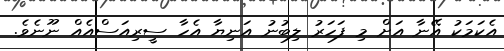
އެކަމަކު އޭނާ އަށް މި ފަހަރު ލިބުނު އަނިޔާ އެހާ ސީރިއަސްއެއް ނޫނެވެ.